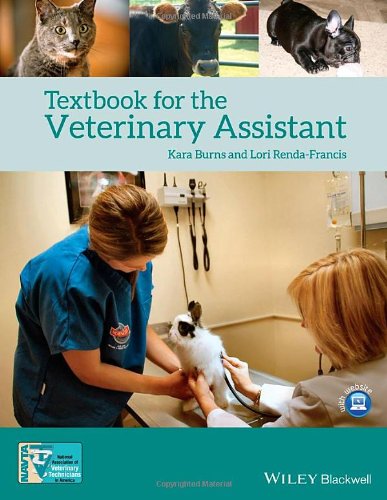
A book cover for Textbook for the Veterinary Assistant; Kara Burns; Medical Books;